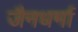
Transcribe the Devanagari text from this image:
जैनधर्मा